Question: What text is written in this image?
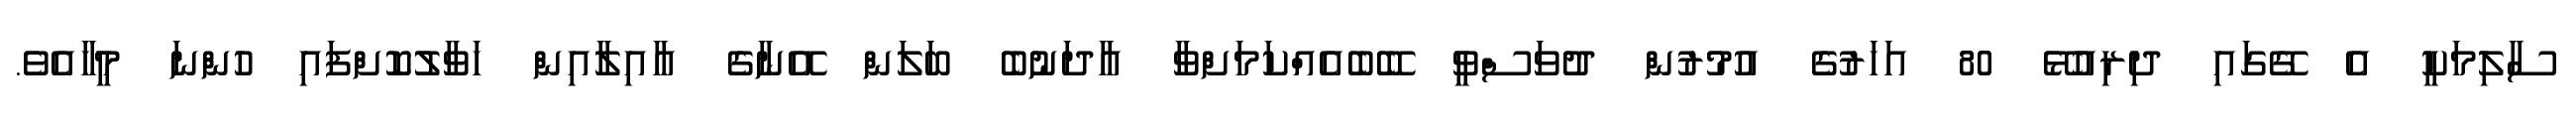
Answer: ސާލިމަކީ އެ ގޭގައި ދިރިއުޅޭ 80 އަހަރުގެ އުމުރުން ދުވަސްވީ ބޭބެއެއްކަމަށްވާ އާދަނުބެ ބަލަން އޭނާގެ އާއިލާއިން ހަވާލުކޮށްފައި ހުންނަ މީހާއެވެ.